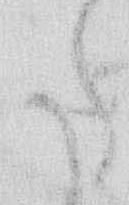
た